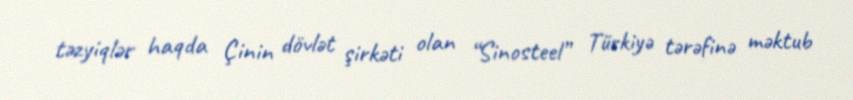
təzyiqlər haqda Çinin dövlət şirkəti olan “Sinosteel” Türkiyə tərəfinə məktub